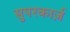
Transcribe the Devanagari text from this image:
सुपरकार्ज़